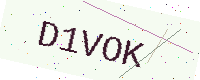
Text: D1VOK